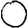
Digit: 0